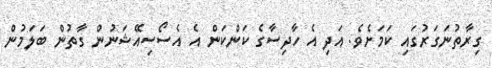
ގިރާތުނަގަރުގައި ކަމަށެވެ. އަދި އެ ހާދިސާގެ ކަންކަން އެ އެސޯސިއޭޝަނުންް ގާތުން ބަލަމުން